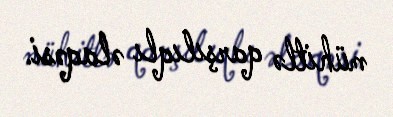
mühitlə qarşılıqlı əlaqəsi.